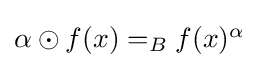
{\textstyle \alpha \odot f(x)=_{B}f(x)^{\alpha }}